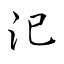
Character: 汜